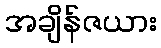
အချိန်ဇယား